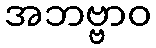
အဘဗ္ဗာဝ